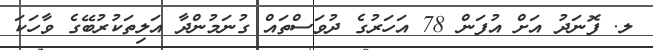
ލ. ފޮނަދު އަށް އުފަން 78 އަހަރުގެ ދުވަސްތައް ގުނަމުންދާ އަލިތަކުރުބޭގެ ވާހަކަ